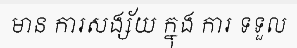
មាន ការសង្ស័យ ក្នុង ការ ទទួល